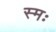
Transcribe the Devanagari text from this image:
स्मः